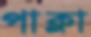
পাক্‌লা